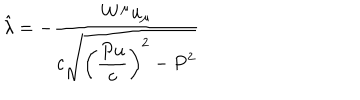
\hat { \lambda } = - \frac { W ^ { \mu } u _ { \mu } } { \displaystyle c \sqrt { \left( \frac { P u } { c } \right) ^ { 2 } - P ^ { 2 } } }